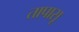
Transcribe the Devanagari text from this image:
तापासू